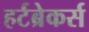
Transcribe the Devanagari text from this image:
हर्टब्रेकर्स